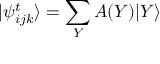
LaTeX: | \psi _ { i j k } ^ { t } \rangle = \sum _ { Y } A ( Y ) | Y \rangle